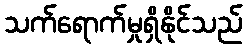
သက်ရောက်မှုရှိနိုင်သည်